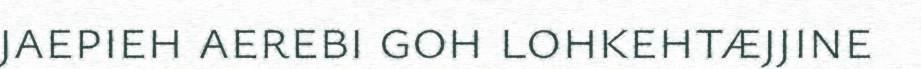
jaepieh aerebi goh lohkehtæjjine